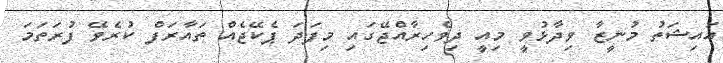
އައިޝަތު މުނީޒާ ވިދާޅުވީ މިއީ ދިވެހިރާއްޖޭގައި މިފަދަ ޕެކޭޖެއް ތައާރަފް ކުރެވޭ ފުރަތަމަ